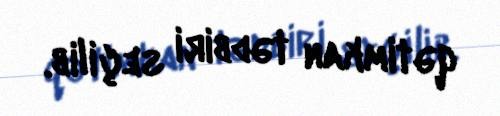
qətimkan tədbiri seçilib.